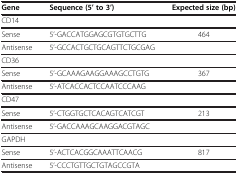
| Gene | Sequence (5’ to 3’) | Expected size (bp) |
 | --- | --- | --- |
 | CD14 |  |  |
 | Sense | 5’-GACCATGGAGCGTGTGCTTG | 464 |
 | Antisense | 5’-GCCACTGCTGCAGTTCTGCGAG |  |
 | CD36 |  |  |
 | Sense | 5’-GCAAAGAAGGAAAGCCTGTG | 367 |
 | Antisense | 5’-ATCACCACTCCAATCCCAAG |  |
 | CD47 |  |  |
 | Sense | 5’-CTGGTGCTCACAGTCATCGT | 213 |
 | Antisense | 5’-GACCAAAGCAAGGACGTAGC |  |
 | GAPDH |  |  |
 | Sense | 5’-ACTCACGGCAAATTCAACG | 817 |
 | Antisense | 5’-CCCTGTTGCTGTAGCCGTA |  |